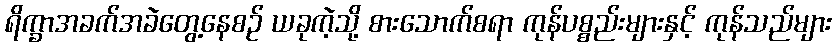
ရိက္ခာအခက်အခဲတွေ့နေစဉ် ယခုကဲ့သို့ စားသောက်စရာ ကုန်ပစ္စည်းများနှင့် ကုန်သည်များ